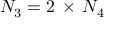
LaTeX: { \cal N } _ { 3 } = 2 \, \times \, { \cal N } _ { 4 }